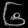
Digit: ၆